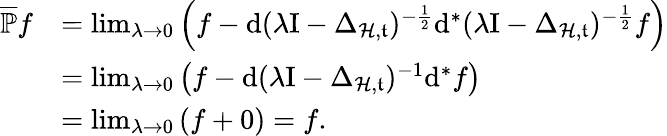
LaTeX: \begin{array}{rl}{\overline{{\mathbb{P}}}f}&{=\operatorname*{lim}_{\lambda\rightarrow 0}\left(f-\mathrm{d}(\lambda\mathrm{I}-\Delta_{\mathcal{H},\mathfrak{t}})^{-\frac{1}{2}}\mathrm{d}^{\ast}(\lambda\mathrm{I}-\Delta_{\mathcal{H},\mathfrak{t}})^{-\frac{1}{2}}f\right)}\\ &{=\operatorname*{lim}_{\lambda\rightarrow 0}\left(f-\mathrm{d}(\lambda\mathrm{I}-\Delta_{\mathcal{H},\mathfrak{t}})^{-1}\mathrm{d}^{\ast}f\right)}\\ &{=\operatorname*{lim}_{\lambda\rightarrow 0}\left(f+0\right)=f.}\end{array}